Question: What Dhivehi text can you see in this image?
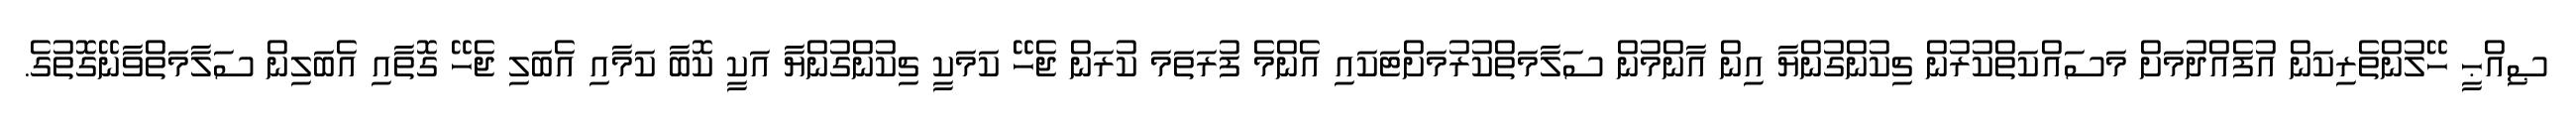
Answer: ޞިއްޙީ ހޭލުންތެރިކަން އުފެއްދުމަށް މަސައްކަތްކުރުން ޗިކުންގުންޔާ އިން އާންމުން ސަލާމަތްކުރުމަށްޓަކައި އެންމެ ފުރަތަމަ ކުރަން ޖެހޭ ކަމަކީ ޗިކުންގުންޔާ އަކީ ކޮބާ ކަމާއި އެބަލި ޖެހޭ ގޮތާއި އެބަލިން ސަލާމަތްވާނޭގޮތުގެ.